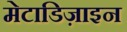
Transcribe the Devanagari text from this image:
मेटाडिज़ाइन